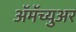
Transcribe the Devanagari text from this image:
ॲमॅच्युअर